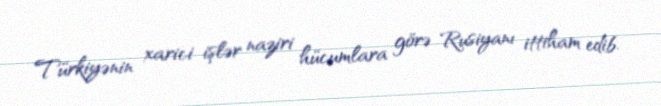
Türkiyənin xarici işlər naziri hücumlara görə Rusiyanı ittiham edib.